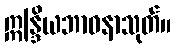
ဣန္ဒြိယဘာဝနာသုတ်။